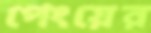
পেংয়ের